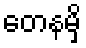
တေနမှိ